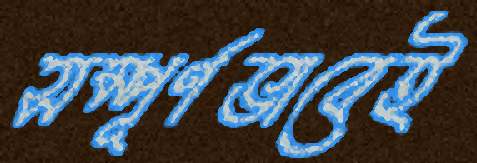
সম্পূর্ণভাবেই